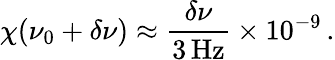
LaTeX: \chi(\nu_{0}+\delta\nu)\approx\frac{\delta\nu}{3\, \mathrm{Hz}}\times 10^{-9}\, .